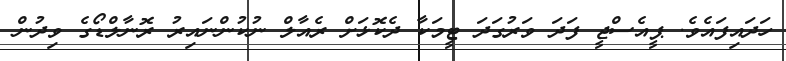
ހަދައިފައެވެ. ޕީއެސްޖީ ފަދަ ވަރުގަދަ ޓީމަކާ ދެކޮޅަށް ރެއާލް ނުކުންނައިރު ރޮނާލްޑޯގެ ވިދުން